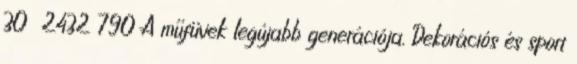
30 2432 790 A műfüvek legújabb generációja. Dekorációs és sport